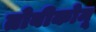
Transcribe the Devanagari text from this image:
तोबीकोमू